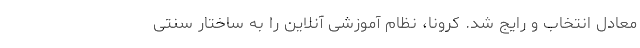
معادل انتخاب و رایج شد. کرونا، نظام آموزشی آنلاین را به ساختار سنتی